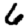
Digit: 6